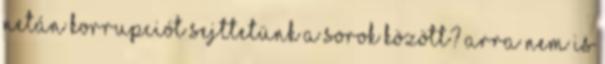
netán korrupciót sejttetünk a sorok között? Arra nem is